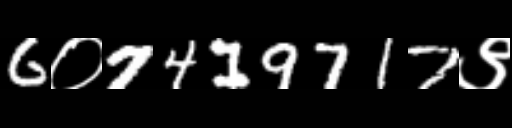
Text: 6०7419717९